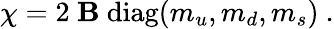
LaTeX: \chi=2\ \mathbf{B}\ \mathrm{{diag}}(m_{u},m_{d},m_{s})\ .